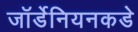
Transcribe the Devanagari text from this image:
जॉर्डेनियनकडे